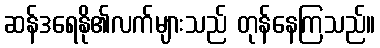
ဆန်ဒရေနို၏လက်များသည် တုန်နေကြသည်။